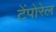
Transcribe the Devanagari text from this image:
टेंपोरेल